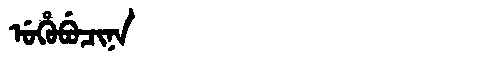
Manchu: ᡠᡥᡠᠪᡠᠴᡳᠨᠠ
Romanization: UHUBUCINA